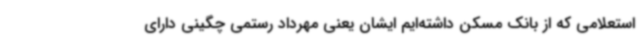
استعلامی که از بانک مسکن داشته‌ایم ایشان یعنی مهرداد رستمی چگینی دارای